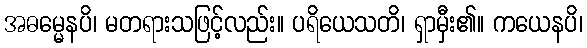
အဓမ္မေနပိ၊ မတရားသဖြင့်လည်း။ ပရိယေသတိ၊ ရှာမှီး၏။ ကယေနပိ၊